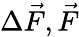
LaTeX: \Delta\vec{F},\vec{F}